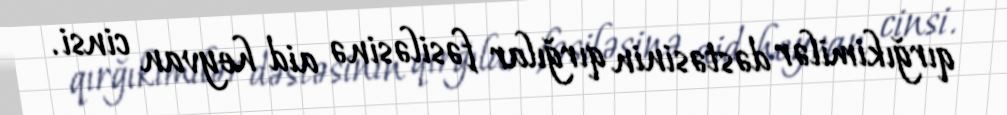
qırğıkimilər dəstəsinin qırğılar fəsiləsinə aid heyvan cinsi.